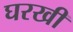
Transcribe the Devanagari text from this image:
घरखी